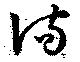
満